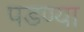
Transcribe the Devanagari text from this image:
पडण्या